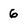
Character: 6